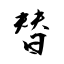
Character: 替